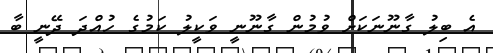
އެ ބިލު ގާނޫނަކަށް ވުމުން ގާނޫނީ ވަކީލު ކަމުގެ ހުއްދަ ދޭނީ ބާ